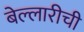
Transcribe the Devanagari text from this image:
बेल्लारीची